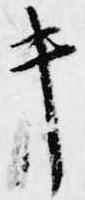
キ